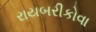
રાયબરીકોવા